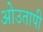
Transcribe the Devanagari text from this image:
ओउतापी